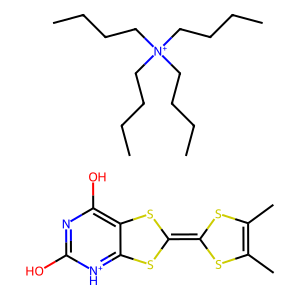
SMILES: CC1=C(C)SC(=C2Sc3[nH+]c(O)nc(O)c3S2)S1.CCCC[N+](CCCC)(CCCC)CCCC
Inhibits HIV replication: No